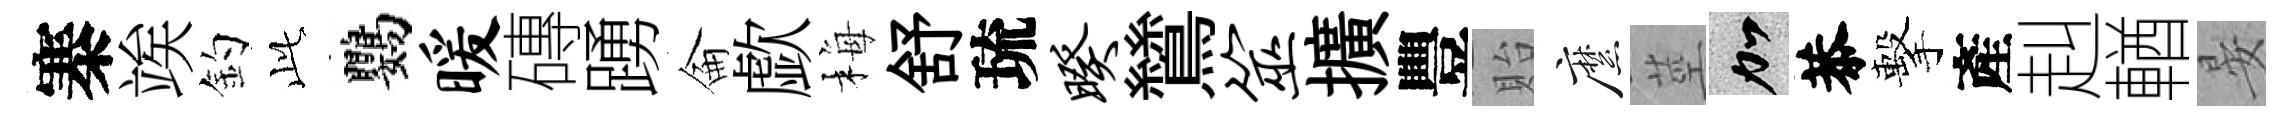
寨竢釣𬼘鸚暖磚踴侖歔梅舒琉暌鷥筮擴豐貽縻莖加恭擊產赳輶晏